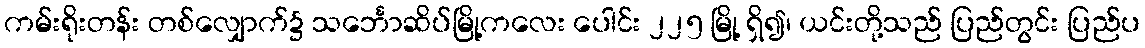
ကမ်းရိုးတန်း တစ်လျှောက်၌ သင်္ဘောဆိပ်မြို့ကလေး ပေါင်း ၂၂၅ မြို့ ရှိ၍၊ ယင်းတို့သည် ပြည်တွင်း ပြည်ပ